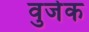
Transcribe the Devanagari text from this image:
वुजेक